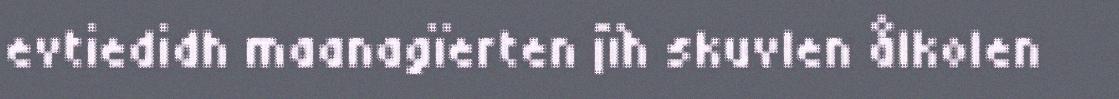
evtiedidh maanagïerten jïh skuvlen ålkolen